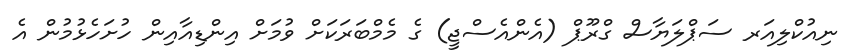
ނިއުކްލިއަރ ސަޕްލަޔާސް ގްރޫޕް (އެންއެސްޖީ) ގެ މެމްބަރަކަށް ވުމަށް އިންޑިއާއިން ހުށަހެޅުމުން އެ